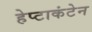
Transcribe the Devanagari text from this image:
हेप्टाकंटेन